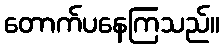
တောက်ပနေကြသည်။